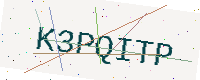
Text: K3PQITP